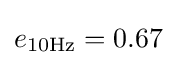
e_{\rm {10Hz}}=0.67